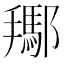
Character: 𨞲